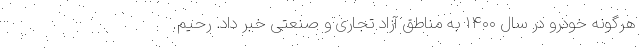
هرگونه خودرو در سال ۱۴۰۰ به مناطق آزاد تجاری و صنعتی خبر داد. رحیم